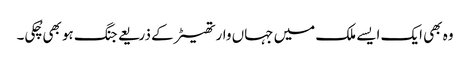
وہ بھی ایک ایسے ملک میں جہاں وار تھیٹر کے ذریعے جنگ ہو بھی چُکی۔